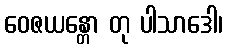
ဝေဇယန္တော တု ပါသာဒေါ၊